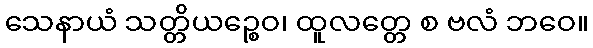
သေနာယံ သတ္တိယဉ္စေဝ၊ ထူလတ္တေ စ ဗလံ ဘဝေ။